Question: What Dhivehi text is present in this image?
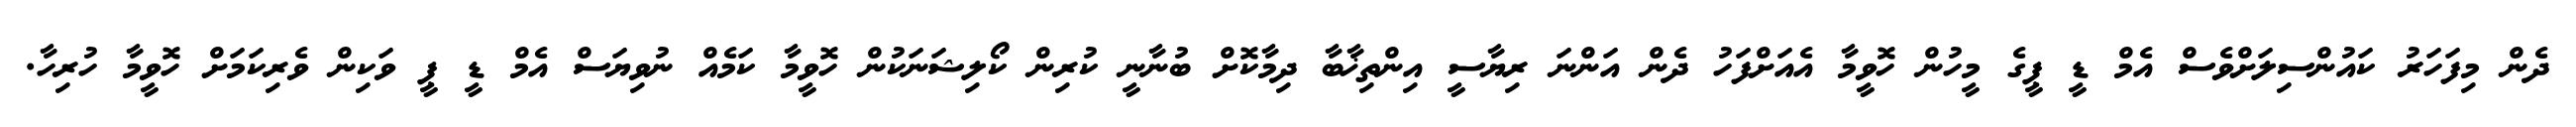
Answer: ދެން މިފަހަރު ކައުންސިލަށްވެސް އެމް ޑީ ޕީގެ މީހުން ހޮވީމާ އެއަށްފަހު ދެން އަންނަ ރިޔާސީ އިންތިޚާބާ ދިމާކޮށް ބުނާނީ ކުރިން ކޯލިޝަނަކުން ހޮވީމާ ކަމެއް ނުވިޔަސް އެމް ޑީ ޕީ ވަކިން ވެރިކަމަށް ހޮވީމާ ހުރިހާ.